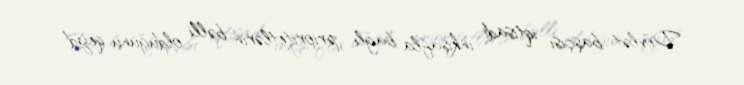
Dövlət başçısı iqtisadi inkişafla bağlı prioritetlərin bəlli olduğunu qeyd